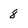
Character: 8